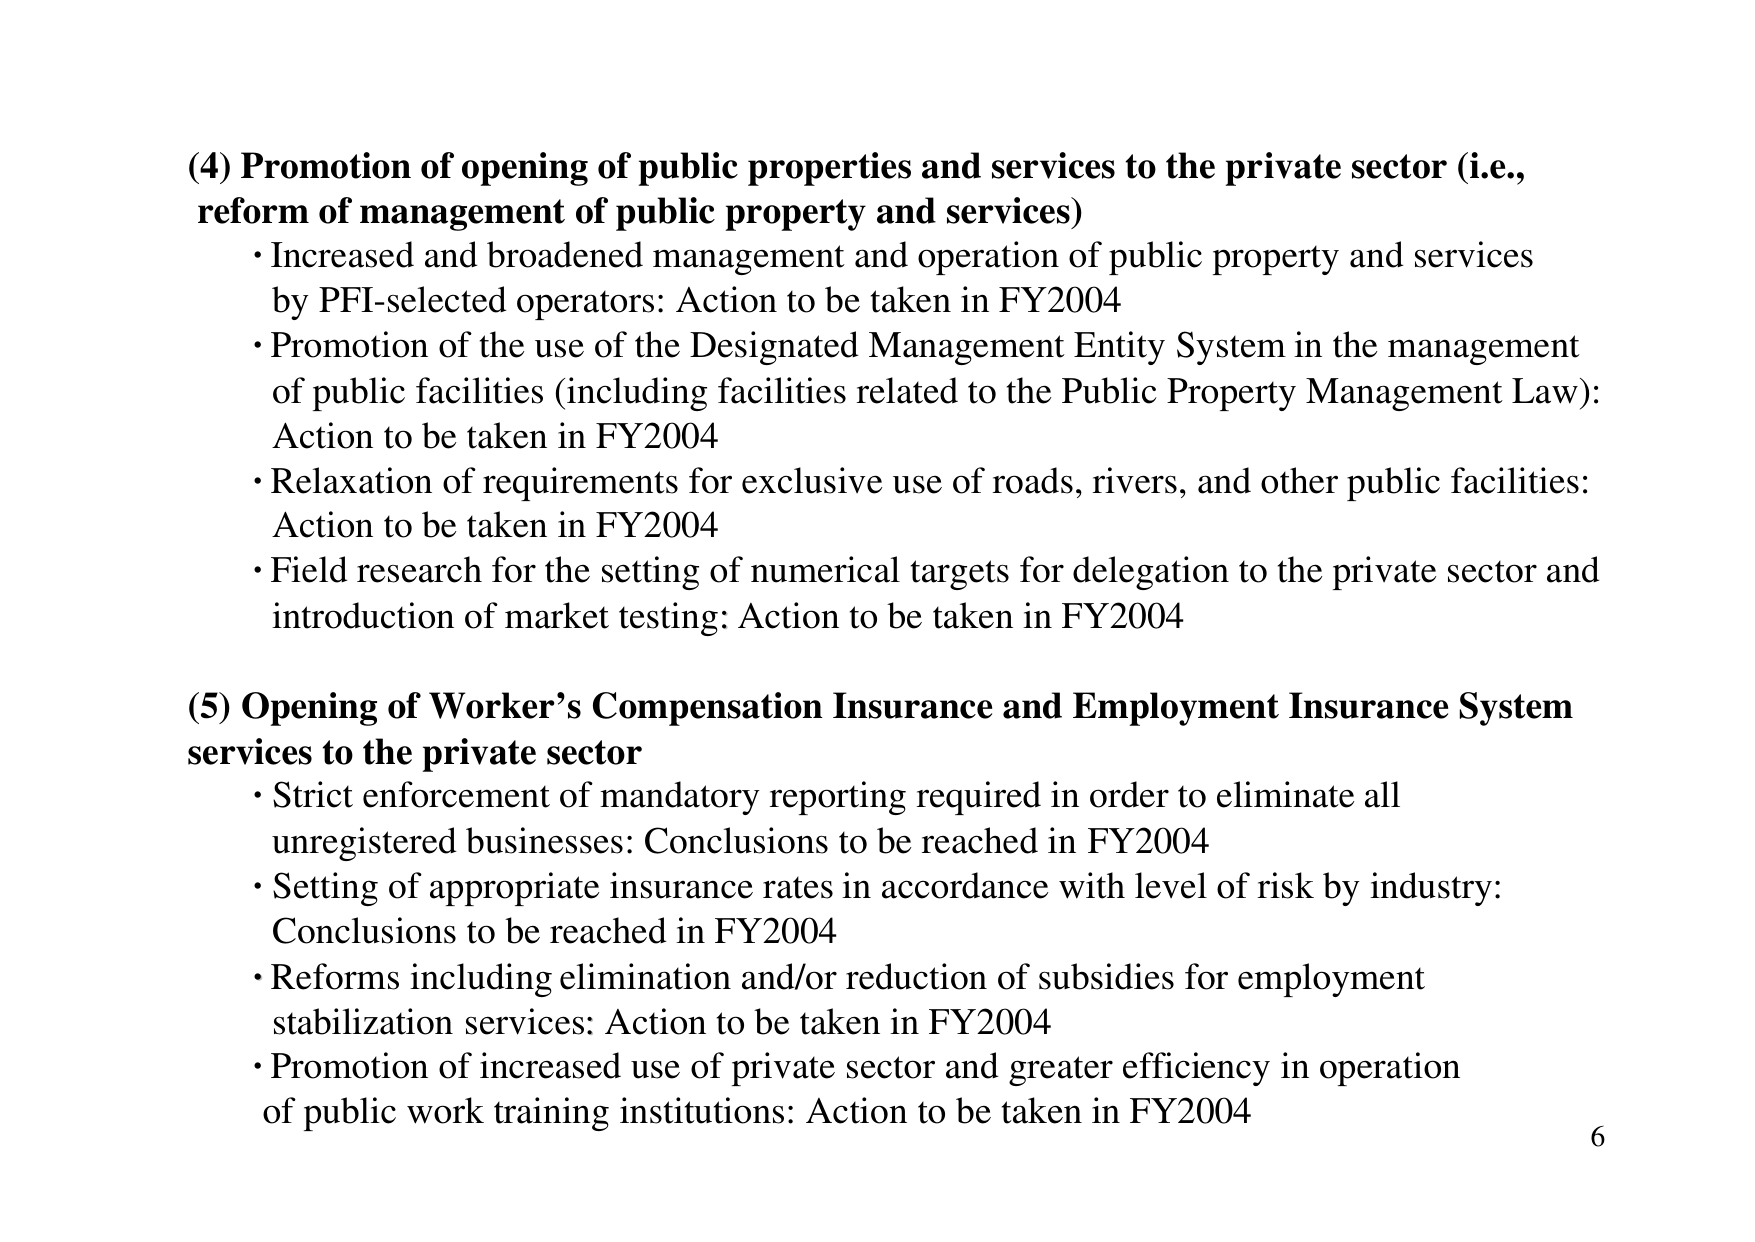
(4) Promotion of opening of public properties and services to the private sector (i.e., reform of management of public property and services)
• Increased and broadened management and operation of public property and services by PFI-selected operators: Action to be taken in FY2004
• Promotion of the use of the Designated Management Entity System in the management of public facilities (including facilities related to the Public Property Management Law): Action to be taken in FY2004
• Relaxation of requirements for exclusive use of roads, rivers, and other public facilities: Action to be taken in FY2004
• Field research for the setting of numerical targets for delegation to the private sector and introduction of market testing: Action to be taken in FY2004

(5) Opening of Worker’s Compensation Insurance and Employment Insurance System services to the private sector
• Strict enforcement of mandatory reporting required in order to eliminate all unregistered businesses: Conclusions to be reached in FY2004
• Setting of appropriate insurance rates in accordance with level of risk by industry: Conclusions to be reached in FY2004
• Reforms including elimination and/or reduction of subsidies for employment stabilization services: Action to be taken in FY2004
• Promotion of increased use of private sector and greater efficiency in operation of public work training institutions: Action to be taken in FY2004

6